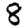
Digit: 8